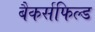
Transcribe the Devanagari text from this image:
बैकर्सफिल्ड